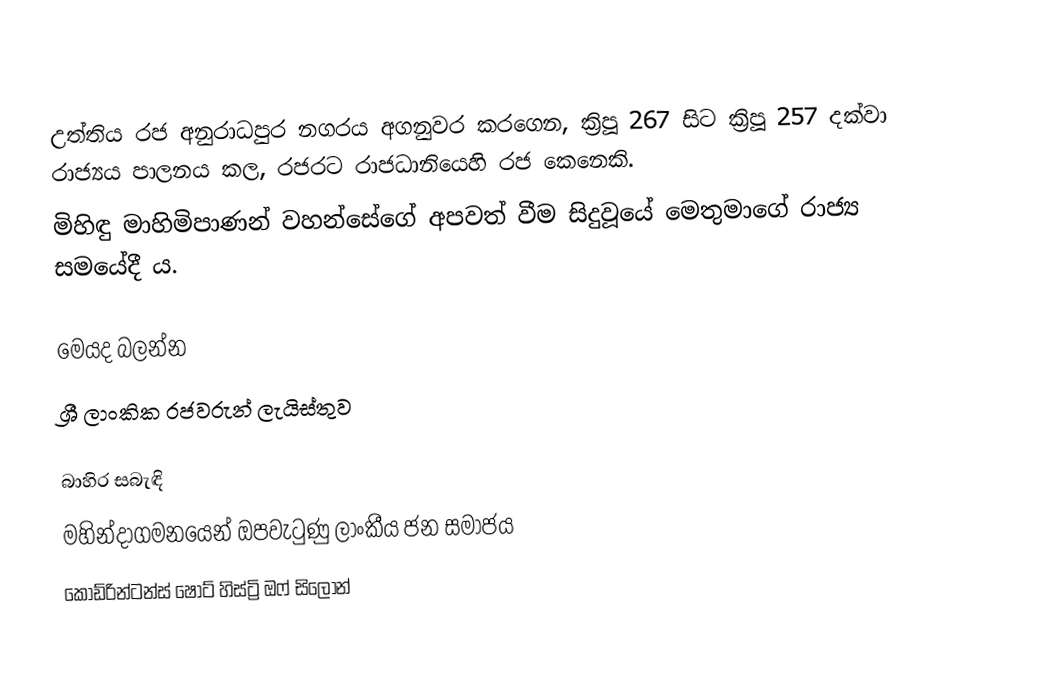
උත්තිය රජ අනුරාධපුර නගරය අගනුවර කරගෙන, ක්‍රිපූ 267 සිට ක්‍රිපූ 257 දක්වා රාජ්‍යය පාලනය කල,  රජරට රාජධානියෙහි  රජ කෙනෙකි.
මිහිඳු මාහිමිපාණන් වහන්සේගේ අපවත් වීම සිදුවූයේ මෙතුමාගේ රාජ්‍ය සමයේදී ය.

මෙයද බලන්න
ශ්‍රී ලාංකික රජවරුන් ලැයිස්තුව

බාහිර සබැඳි
 මහින්දාගමනයෙන් ඔපවැටුණු ලාංකීය ජන සමාජය
 කොඩ්රින්ටන්ස් ෂෝට් හිස්ට්‍රි ඔෆ් සිලෝන්